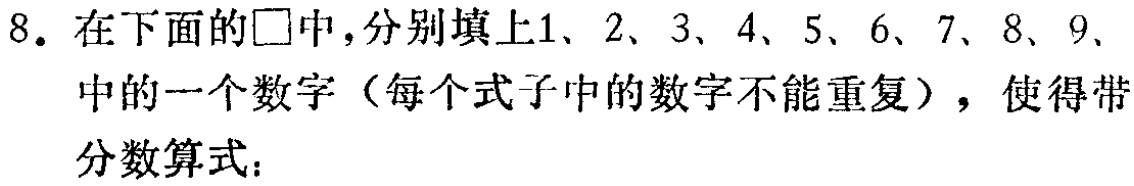
8. 在下面的$\square$中，分别填上1、2、3、4、5、6、7、8、9、中的一个数字（每个式子中的数字不能重复），使得带分数算式：